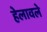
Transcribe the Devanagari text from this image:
हेलावले